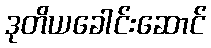
ဒုတိယခေါင်းဆောင်